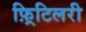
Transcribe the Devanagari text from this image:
फ़्रिटिलरी